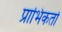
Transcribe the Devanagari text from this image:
प्राभिकर्ता